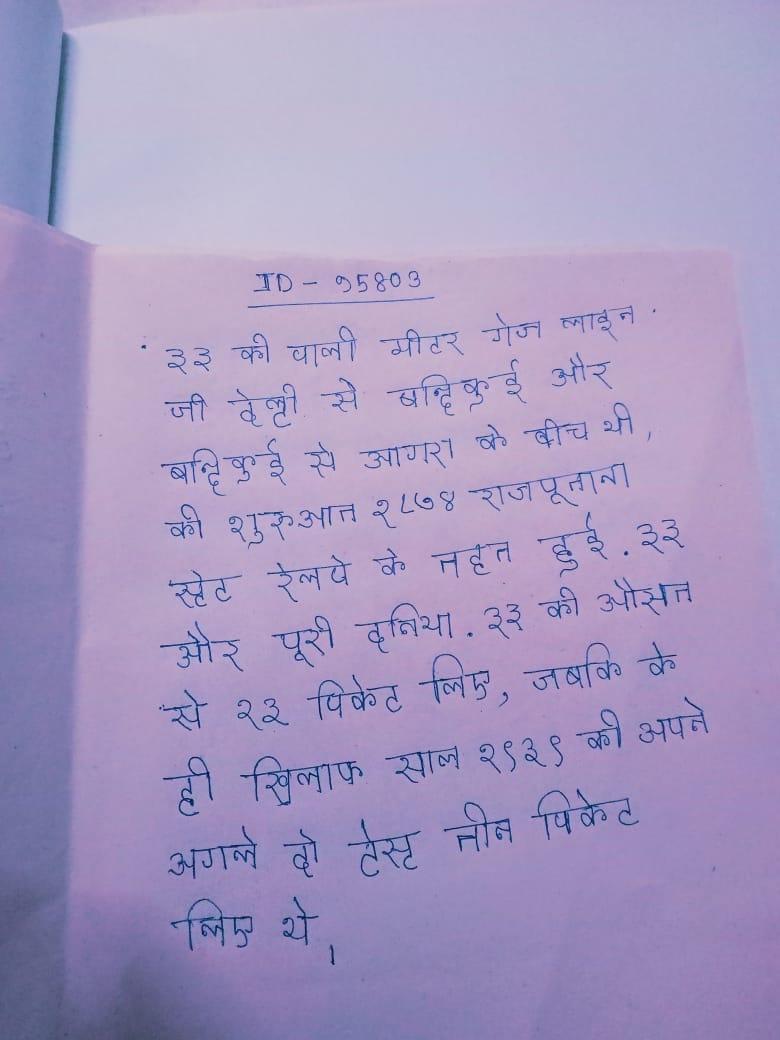
३३ की वाली मीटर गेज लाइन जो देल्ही से बन्दिकुई और बन्दिकुई से आगरा के बीच थी, की शुरुआत १८७४ राजपूताना स्टेट रेलवे के तहत हुई . ३३ और पूरी दुनिया . ३३ की औसत से १३ विकेट लिए, जबकि के ही खिलाफ साल १९३९ की अपने अगले दो टेस्ट तीन विकेट लिए थे ।